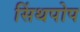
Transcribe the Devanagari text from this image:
सिंथपोप